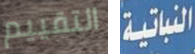
التقييم النباتية